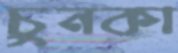
চুনকা